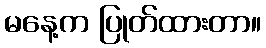
မနေ့က ပြုတ်ထားတာ။